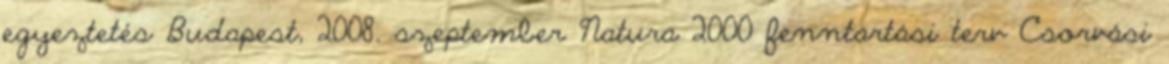
egyeztetés Budapest, 2008. szeptember Natura 2000 fenntartási terv Csorvási